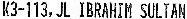
K3-113,JL IBRAHIM SULTAN